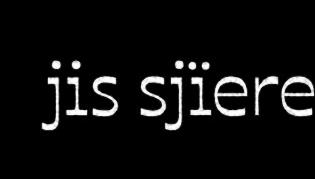
jis sjïere